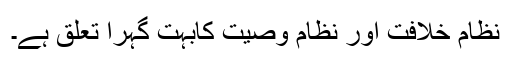
نظام خلافت اور نظام وصیت کابہت گہرا تعلق ہے۔